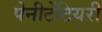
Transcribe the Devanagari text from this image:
पेनीटेंटियरी